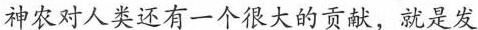
神农对人类还有一个很大的贡献，就是发